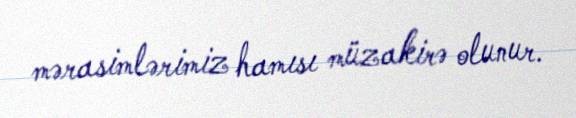
mərasimlərimiz hamısı müzakirə olunur.